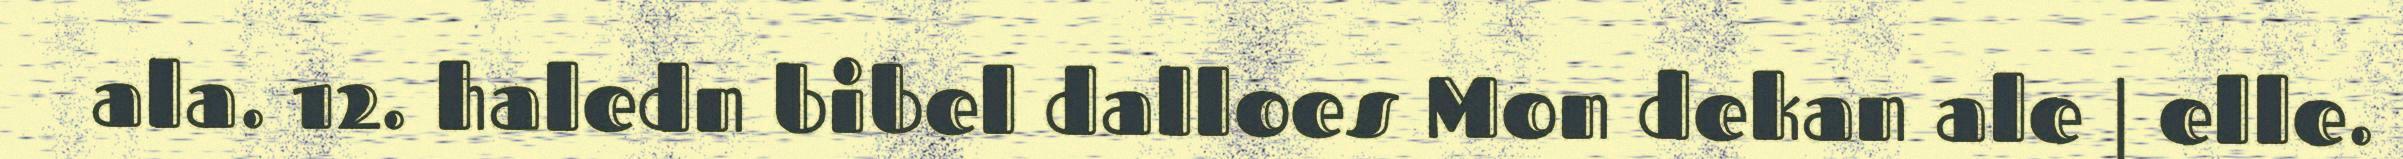
ala. 12. haledn bibel dalloes Mon dekan ale | elle.